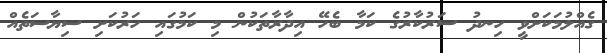
ގެއްލުމަކަށްވީ ހިނދު ސަރުކާރުގެ ކަމާ ބެހޭ އިދާރާތަކުން މި ކަމުގައި ހަރުކަށި ސިޔާސަތެއް